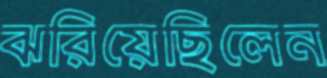
ঝরিয়েছিলেন